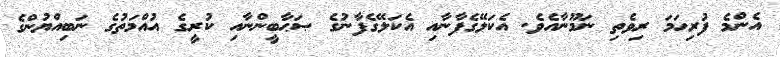
އެންމެ ފުރިހަމަ ރިވެތި ނަމޫނާއެވެ. އެކަލޭގެފާނާއި އެކަލޭގެފާނުގެ ޞަޙާބީންނާއި ކުރީގެ އުއްމަތުގެ ނަބިއްޔުންގެ